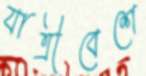
যাত্রীবেশে